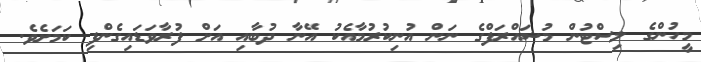
މީހުންގެ ލިސްޓުން މުޝައްރަފްގެ ނަން އުނިކުރުމާއެކު އޭނާ ދުބާއި އަށް ފުރާވަޑައިގެންފި ކަމަށެވެ.